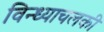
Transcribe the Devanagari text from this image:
विन्ध्याचलकी